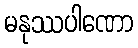
မနုဿပါဏော